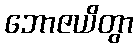
ဘောဇယိတွာ